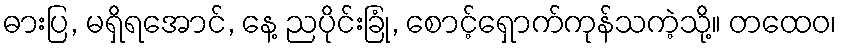
ဓားပြ, မရှိရအောင်, နေ့ ညပိုင်းခြုံ, စောင့်ရှောက်ကုန်သကဲ့သို့။ တထေဝ၊